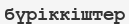
бүріккіштер